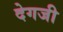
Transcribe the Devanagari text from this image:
देगजी